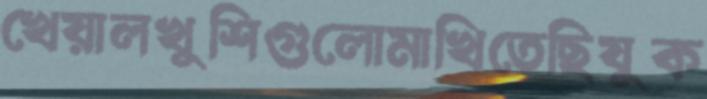
খেয়ালখুশিগুলোমাখিতেছিযুক